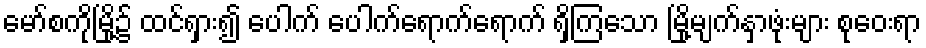
မော်စကိုမြို့၌ ထင်ရှား၍ ပေါက် ပေါက်ရောက်ရောက် ရှိကြသော မြို့မျက်နှာဖုံးများ စုဝေးရာ